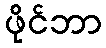
ဖိုင်ဘာ